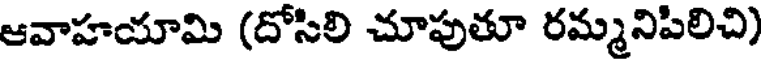
ఆవాహయామి (దోసిలి చూపుతూ రమ్మనిపిలిచి)